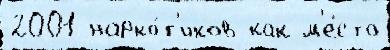
2001 нарко́т'иков как м'е́сто